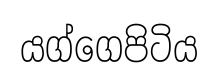
යග්ගෙපිටිය